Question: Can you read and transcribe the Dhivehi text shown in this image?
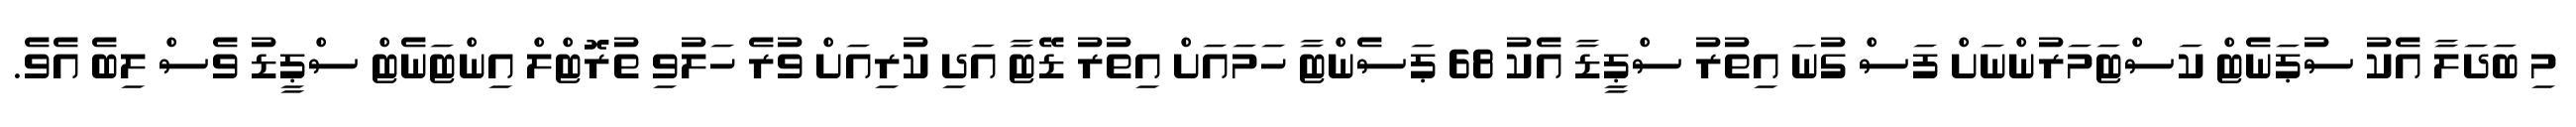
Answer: މި ބަދަލާ އެކު ސުޕަނެޓް ކަސްޓަމަރުންނަށް ފަސް ގުނަ އިތުރު ސްޕީޑާ އެކު 68 ޕަސެންޓާ ހަމައަށް އިތުރު ޑޭޓާ އަދި ކުރިއަށް ވުރެ ހަލުވި ތުރޮޓްލް އިންޓަނެޓް ސްޕީޑު ވެސް ލިބެ އެވެ.